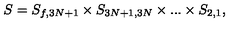
S = S _ { f , 3 N + 1 } \times S _ { 3 N + 1 , 3 N } \times . . . \times S _ { 2 , 1 } ,